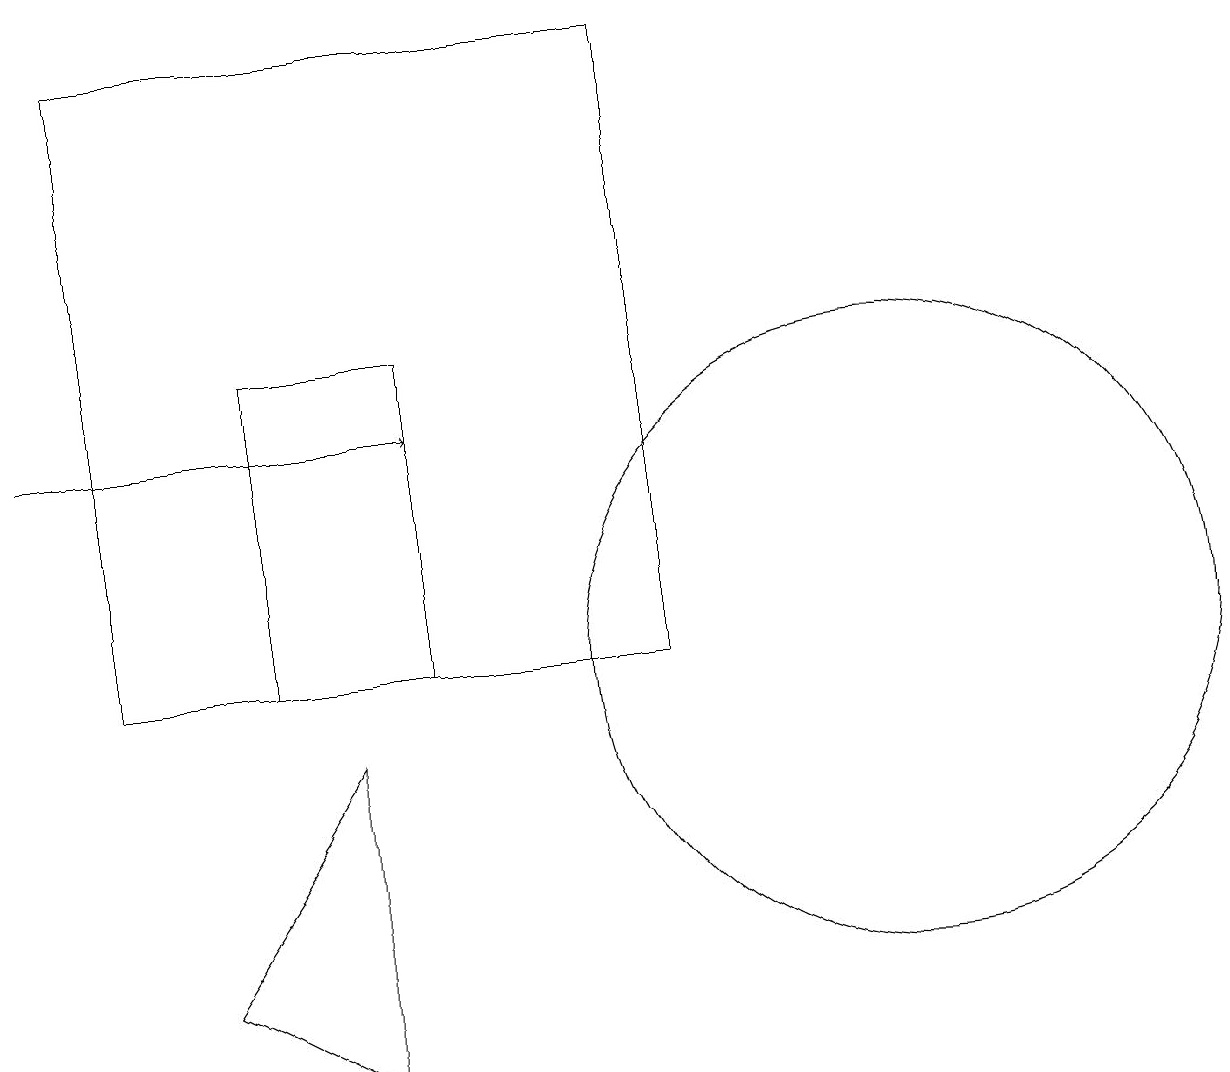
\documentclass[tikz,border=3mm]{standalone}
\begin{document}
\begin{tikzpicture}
\draw (11,10) circle (4);
\draw (8,18) rectangle (1,10);
\draw (3,10) rectangle (5,14);
\draw[->] (0,13) -- (5,13);
\draw (4,9) -- (2,6) -- (4,5) -- cycle;
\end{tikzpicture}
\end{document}